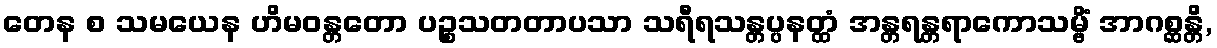
တေန စ သမယေန ဟိမဝန္တတော ပဉ္စသတတာပသာ သရီရသန္တပ္ပနတ္ထံ အန္တရန္တရာကောသမ္ဗိံ အာဂစ္ဆန္တိ,